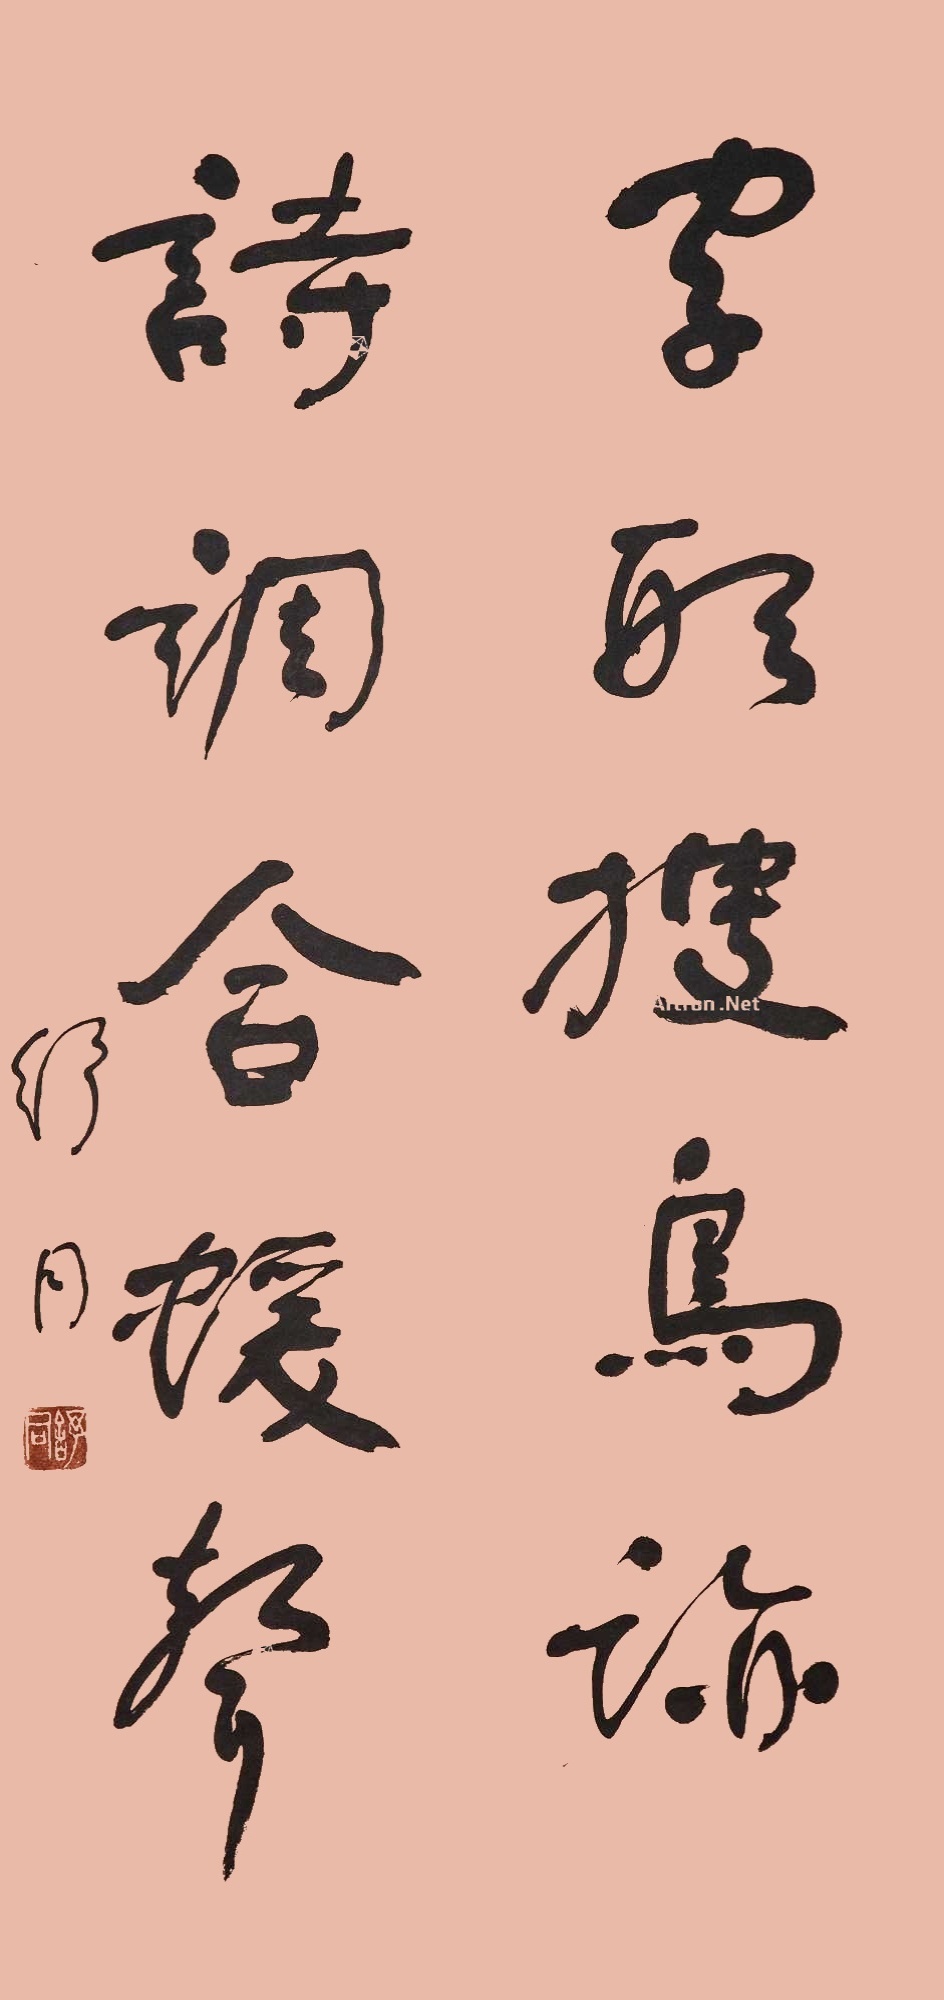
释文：字形搜鸟迹，诗调合蝯声。舒同。